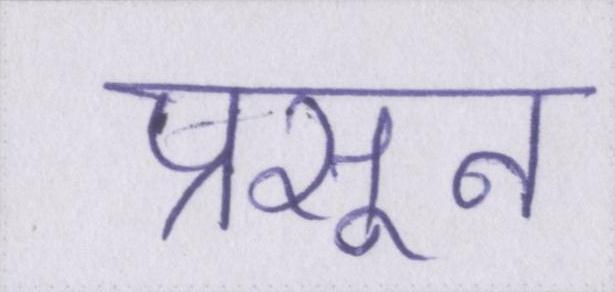
प्रसून